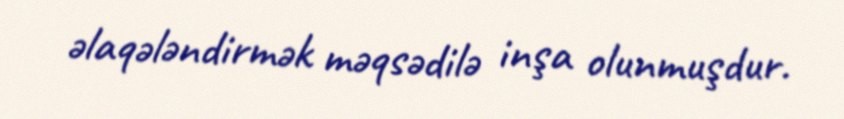
əlaqələndirmək məqsədilə inşa olunmuşdur.